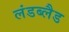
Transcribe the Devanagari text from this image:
लंडब्लैड